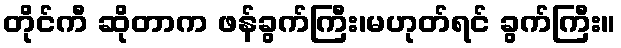
တိုင်ကီ ဆိုတာက ဖန်ခွက်ကြီး၊မဟုတ်ရင် ခွက်ကြီး။